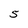
Character: 5